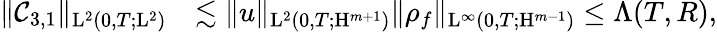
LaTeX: \begin{array}{rl}{\Vert\mathcal{C}_{3,1}\Vert_{\mathrm{L}^{2}(0,T;\mathrm{L}^{2})}}&{\lesssim\Vert u\Vert_{\mathrm{L}^{2}(0,T;\mathrm{H}^{m+1})}\Vert\rho_{f}\Vert_{\mathrm{L}^{\infty}(0,T;\mathrm{H}^{m-1})}\leq\Lambda(T,R),}\end{array}